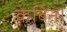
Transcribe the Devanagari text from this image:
केबिन।